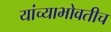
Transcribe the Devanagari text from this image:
यांच्याभोवतीच